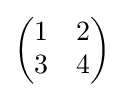
\left({\begin{matrix}1&2\\3&4\end{matrix}}\right)